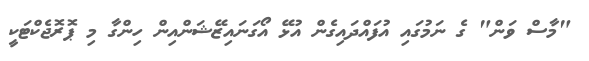
"މާސް ވަން" ގެ ނަމުގައި އުފައްދައިގެން އުޅޭ އޯގަނައިޒޭޝަންއިން ހިންގާ މި ޕޮރޮޖެކްޓަކީ